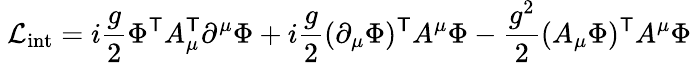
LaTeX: \ {\mathcal{L}}_{\mathrm{int}}=i{\frac{g}{2}}\Phi^{\mathsf{T}}A_{\mu}^{\mathsf{T}}\partial^{\mu}\Phi+i{\frac{g}{2}}(\partial_{\mu}\Phi)^{\mathsf{T}}A^{\mu}\Phi-{\frac{g^{2}}{2}}(A_{\mu}\Phi)^{\mathsf{T}}A^{\mu}\Phi